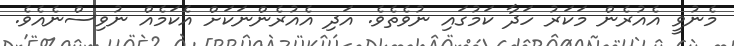
މެނުވީ އެއުރެން މަކަރު ހަދާ ކަމުގައި ނުވެތެވެ. އަދި އެއުރެންނަކަށް އެކަމެއް ނުވިސްނެއެވެ.